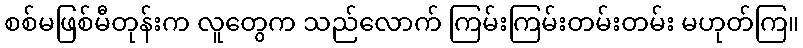
စစ်မဖြစ်မီတုန်းက လူတွေက သည်လောက် ကြမ်းကြမ်းတမ်းတမ်း မဟုတ်ကြ။